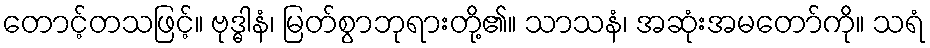
တောင့်တသဖြင့်။ ဗုဒ္ဓါနံ၊ မြတ်စွာဘုရားတို့၏။ သာသနံ၊ အဆုံးအမတော်ကို။ သရံ